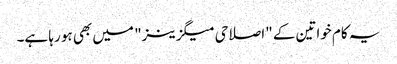
یہ کام خواتین کے "اصلاحی میگزینز" میں بھی ہو رہا ہے۔